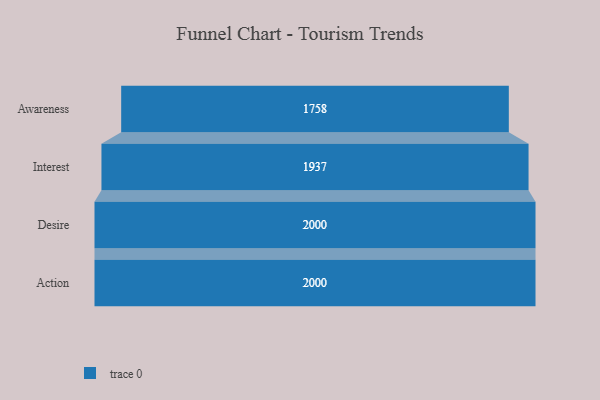
{"axis": {"x": "Stage", "y": "Value"}, "legend": [""], "data": [{"x": "Awareness", "y": 1758.0, "type": ""}, {"x": "Interest", "y": 1937.0, "type": ""}, {"x": "Desire", "y": 2000, "type": ""}, {"x": "Action", "y": 2000, "type": ""}]}